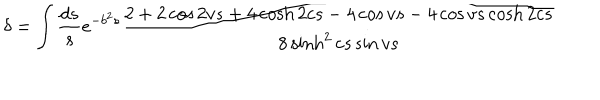
LaTeX: \delta = \int \frac { d s } { s } e ^ { - b ^ { 2 } s } \frac { 2 + 2 \cos 2 v s + 4 \cosh 2 c s - 4 \cos v s - 4 \cos v s \cosh 2 c s } { 8 \sinh ^ { 2 } c s \sin v s }